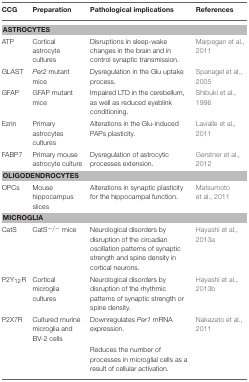
<table><thead><tr><td><b>CCG</b></td><td><b>Preparation</b></td><td><b>Pathological implications</b></td><td><b>References</b></td></tr></thead><tbody><tr><td colspan="4"><b>ASTROCYTES</b></td></tr><tr><td>ATP</td><td>Cortical astrocyte cultures</td><td>Disruptions in sleep-wake changes in the brain and in control synaptic transmission.</td><td>Marpegan et al., 2011</td></tr><tr><td>GLAST</td><td><i>Per2</i> mutant mice</td><td>Dysregulation in the Glu uptake process.</td><td>Spanagel et al., 2005</td></tr><tr><td>GFAP</td><td>GFAP mutant mice</td><td>Impaired LTD in the cerebellum, as well as reduced eyeblink conditioning.</td><td>Shibuki et al., 1996</td></tr><tr><td>Ezrin</td><td>Primary astrocytes cultures</td><td>Alterations in the Glu-induced PAPs plasticity.</td><td>Lavialle et al., 2011</td></tr><tr><td>FABP7</td><td>Primary mouse astrocyte culture</td><td>Dysregulation of astrocytic processes extension.</td><td>Gerstner et al., 2012</td></tr><tr><td colspan="4"><b>OLIGODENDROCYTES</b></td></tr><tr><td>OPCs</td><td>Mouse hippocampus slices</td><td>Alterations in synaptic plasticity for the hippocampal function.</td><td>Matsumoto et al., 2011</td></tr><tr><td colspan="4"><b>MICROGLIA</b></td></tr><tr><td>CatS</td><td>CatS<sup>−/−</sup> mice</td><td>Neurological disorders by disruption of the circadian oscillation patterns of synaptic strength and spine density in cortical neurons.</td><td>Hayashi et al., 2013a</td></tr><tr><td>P2Y<sub>12</sub>R</td><td>Cortical microglia cultures</td><td>Neurological disorders by disruption of the rhythmic patterns of synaptic strength or spine density.</td><td>Hayashi et al., 2013b</td></tr><tr><td>P2X7R</td><td>Cultured murine microglia and BV-2 cells</td><td>Downregulates <i>Per1</i> mRNA expression.</td><td>Nakazato et al., 2011</td></tr><tr><td></td><td></td><td>Reduces the number of processes in microglial cells as a result of cellular activation.</td><td></td></tr></tbody></table>